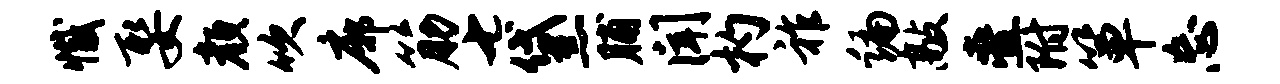
撼娶颜吹廓筋七黛脯闻杓祚编敲叠附箪忘